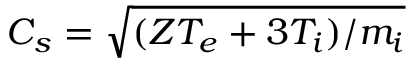
C _ { s } = \sqrt { ( Z T _ { e } + 3 T _ { i } ) / m _ { i } }